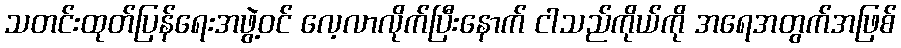
သတင်းထုတ်ပြန်ရေးအဖွဲ့ဝင် လေ့လာလိုက်ပြီးနောက် ငါသည်ကိုယ်ကို အရေအတွက်အဖြစ်